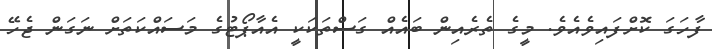
ފާހަގަ ކޮށްފައިވެއެވެ. މީގެ ތެރެއިން ބައެއް ގަސްތަކަކީ އެއާޕޯޓުގެ މަސައްކަތަށް ނަގަން ޖެހޭ